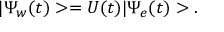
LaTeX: | \Psi _ { w } ( t ) > = U ( t ) | \Psi _ { e } ( t ) > .